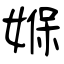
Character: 媬